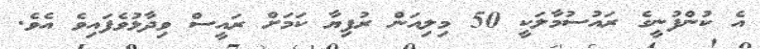
އެ ކުންފުނީގެ ރައުސުމާލަކީ 50 މިލިއަން ރުފިޔާ ކަމަށް ރައީސް ވިދާޅުވެފައިވެ އެވެ.